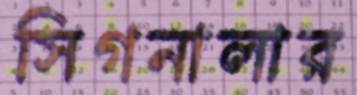
সিগনালার